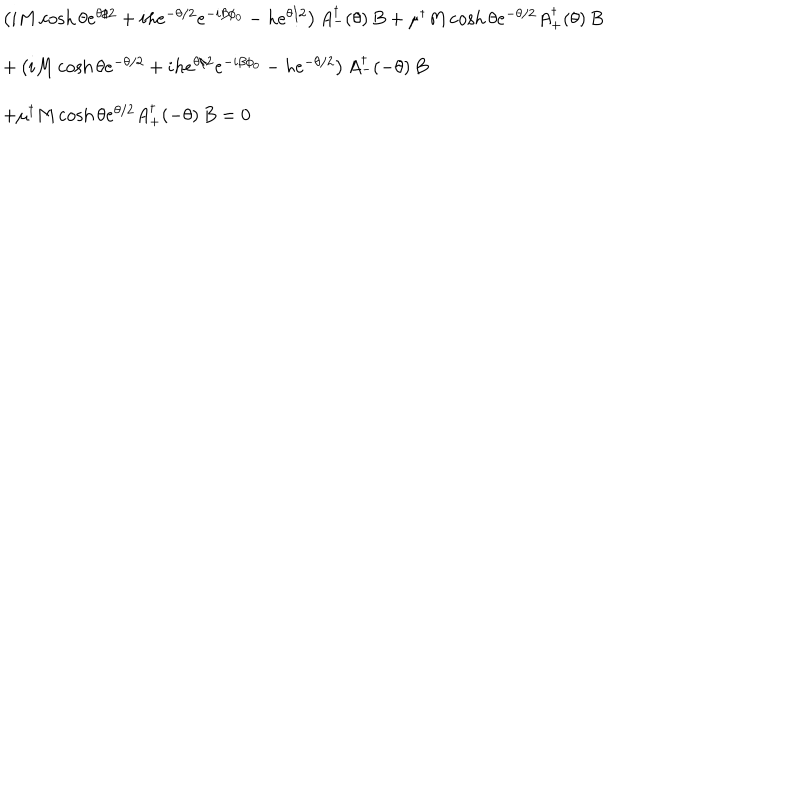
LaTeX: \begin{array} { l l } { { } } & { { \left( i M \cosh \theta e ^ { \theta / 2 } + i h e ^ { - \theta / 2 } e ^ { - i \beta \phi _ { 0 } } - h e ^ { \theta / 2 } \right) A _ { - } ^ { \dagger } ( \theta ) \, B + \mu ^ { \dagger } M \cosh \theta e ^ { - \theta / 2 } A _ { + } ^ { \dagger } ( \theta ) \, B } } \\ { { } } & { { + \left( i M \cosh \theta e ^ { - \theta / 2 } + i h e ^ { \theta / 2 } e ^ { - i \beta \phi _ { 0 } } - h e ^ { - \theta / 2 } \right) A _ { - } ^ { \dagger } ( - \theta ) \, B } } \\ { { } } & { { + \mu ^ { \dagger } M \cosh \theta e ^ { \theta / 2 } A _ { + } ^ { \dagger } ( - \theta ) \, B = 0 } } \\ \end{array}